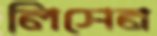
লিসেন